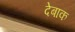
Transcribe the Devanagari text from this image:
देबाक